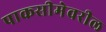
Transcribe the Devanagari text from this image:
पाकसीमेवरील